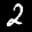
Label: 2